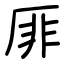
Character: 厞